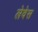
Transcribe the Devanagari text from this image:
लेवेस